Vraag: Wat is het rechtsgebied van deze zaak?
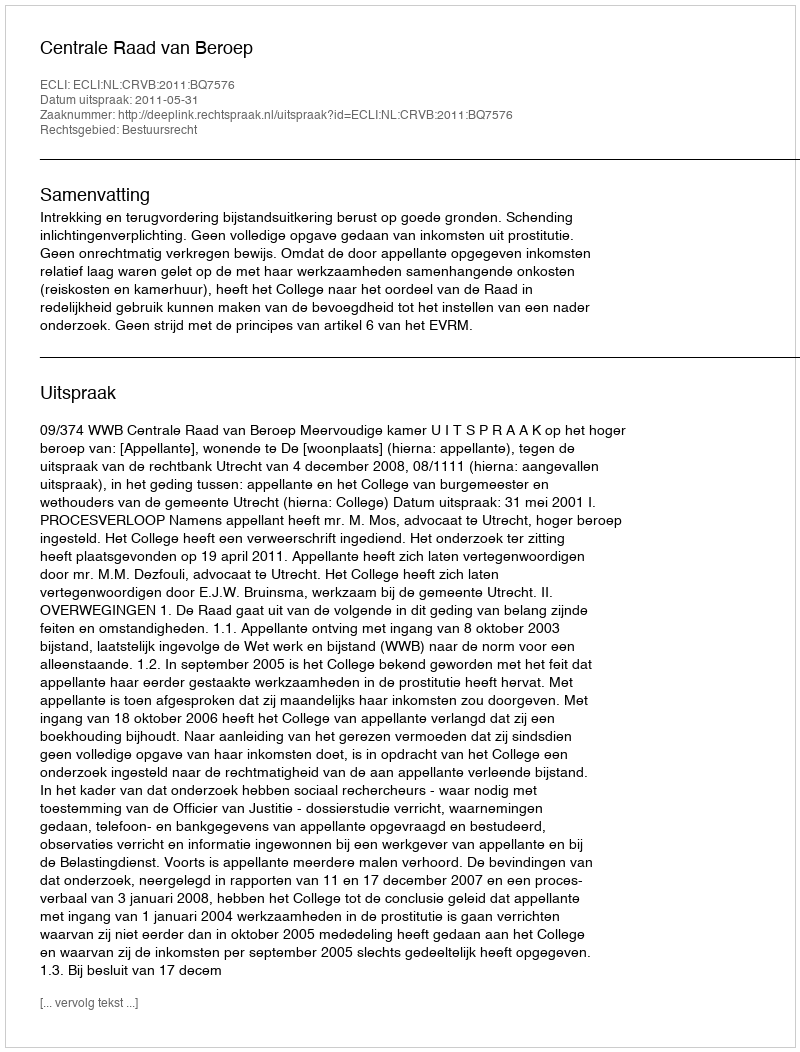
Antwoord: Bestuursrecht